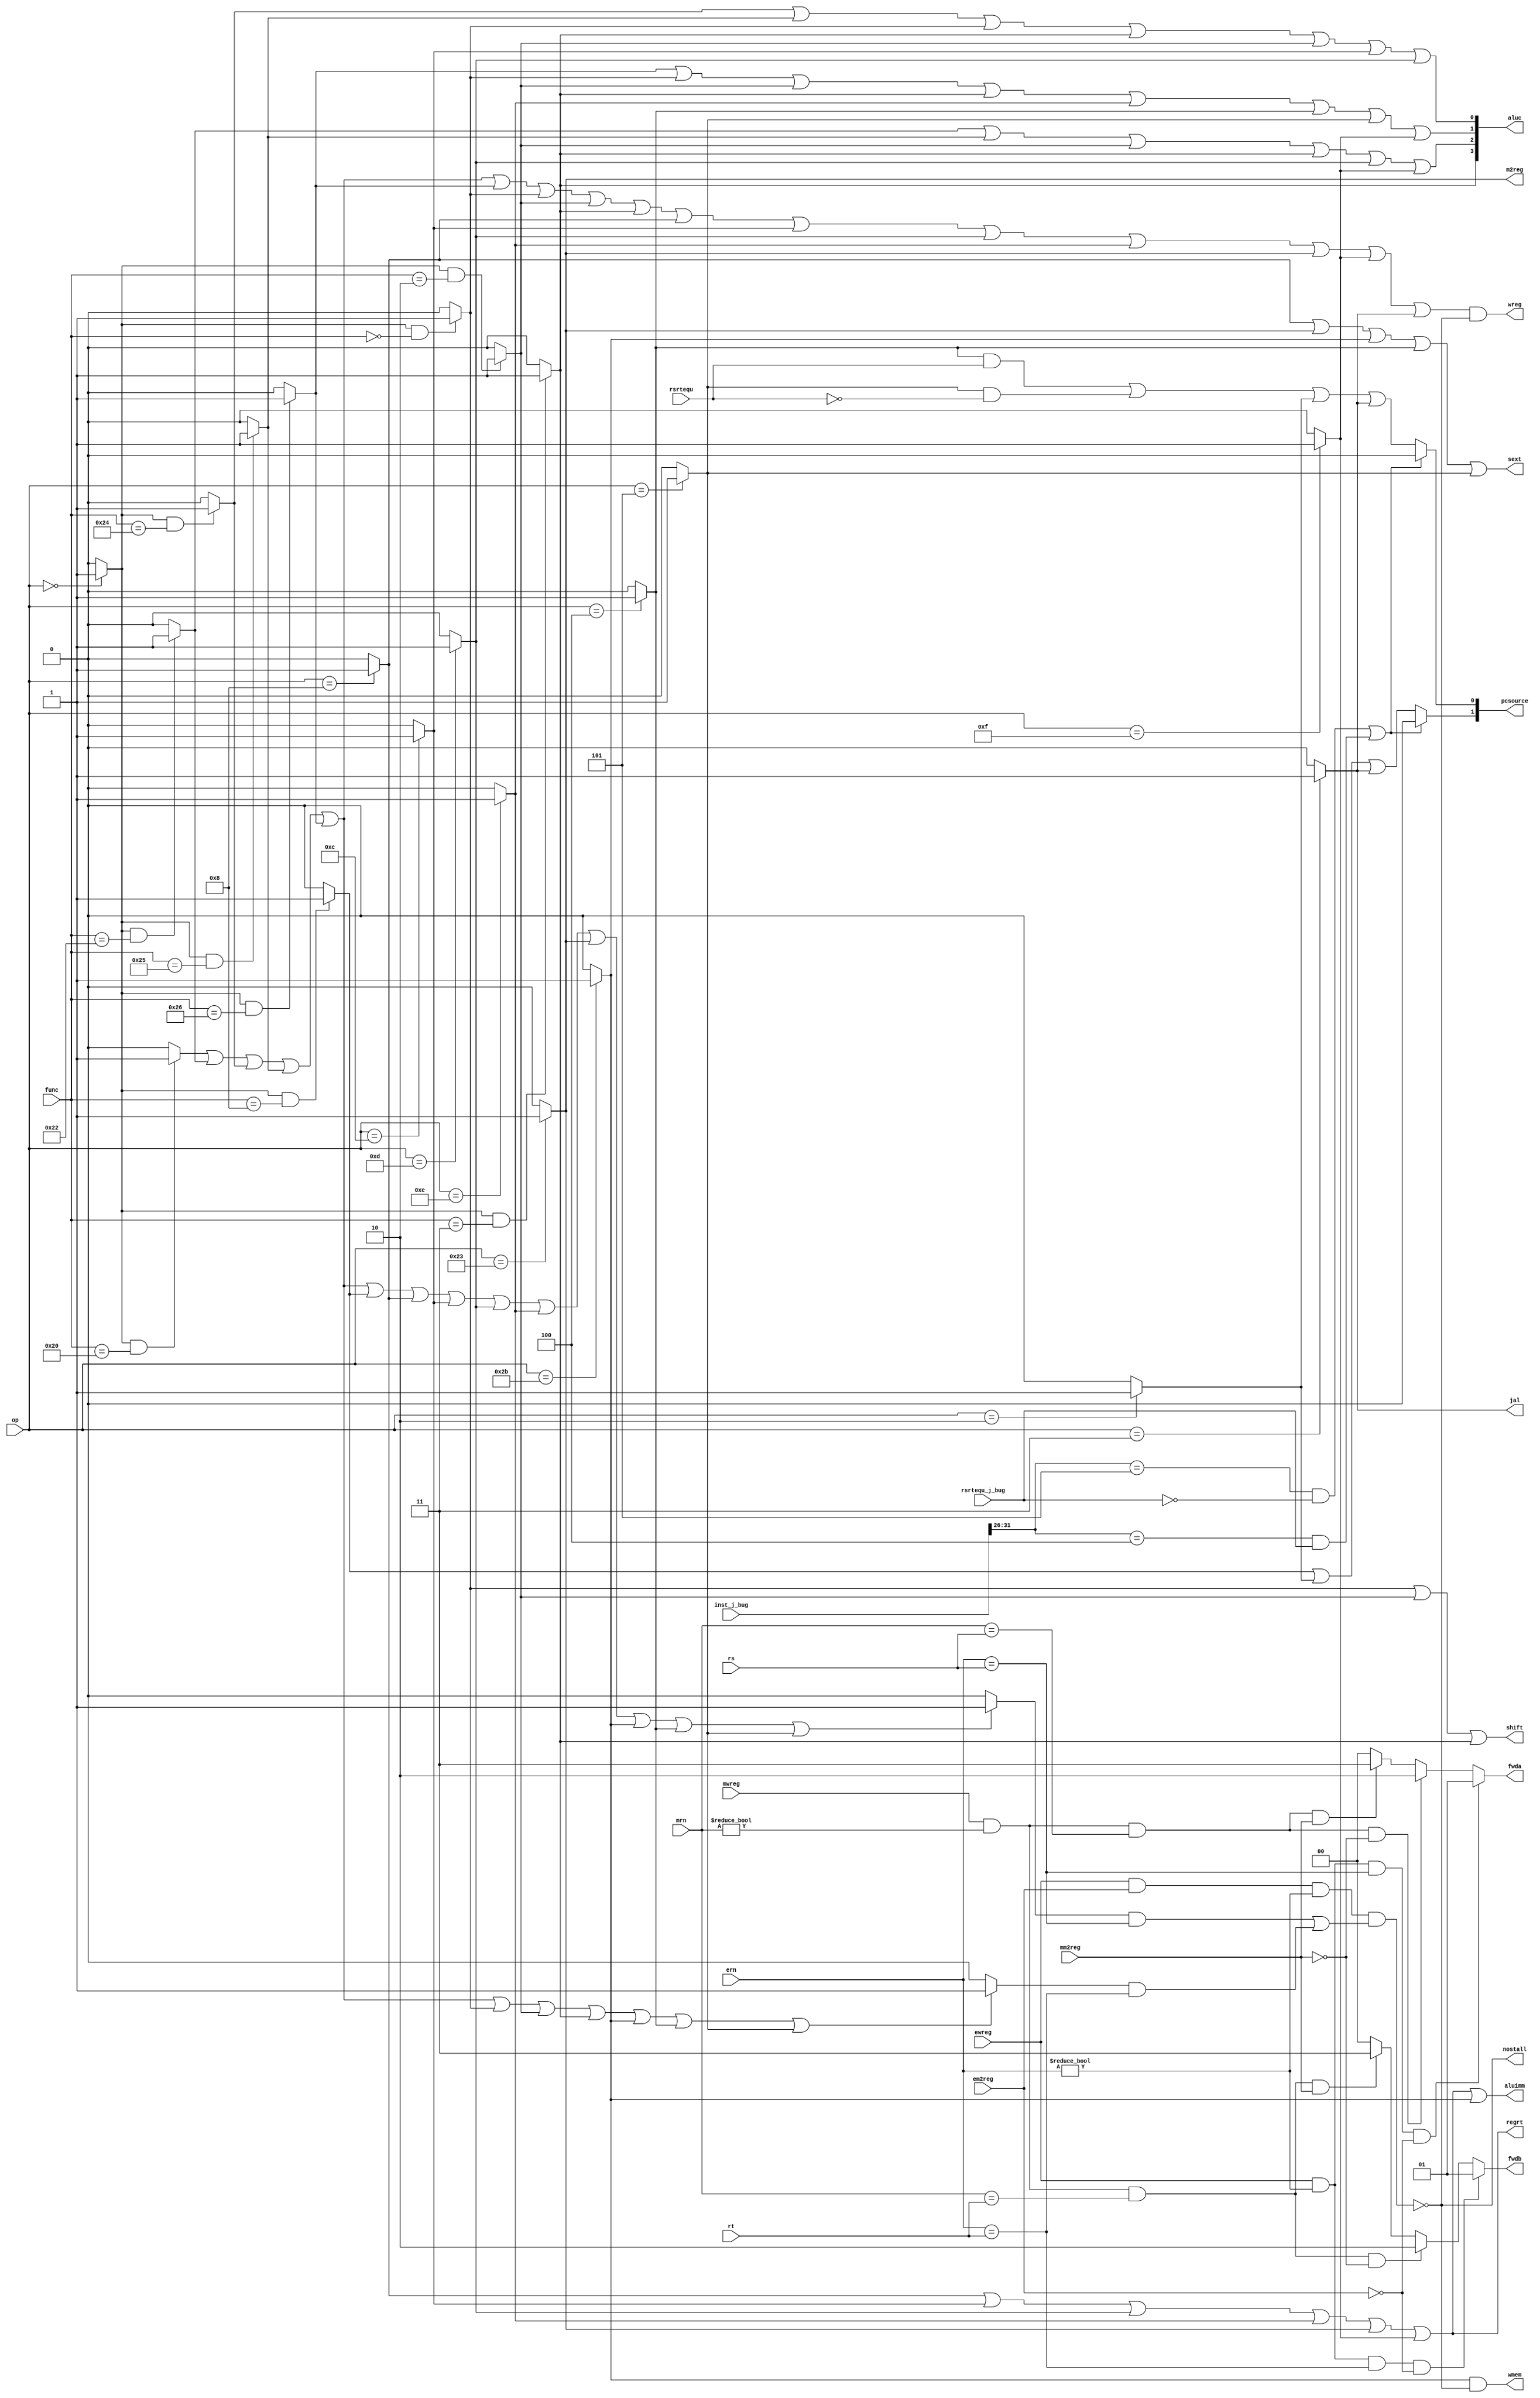
`timescale 1ns / 1ps
//////////////////////////////////////////////////////////////////////////////////
// Company: 
// Engineer: 
// 
// Design Name: 
// Module Name:    cu 
// Project Name: 
// Target Devices: 
// Tool versions: 
// Description: 
//
// Dependencies: 
//
// Revision: 
// Revision 0.01 - File Created
// Additional Comments: 
//
//////////////////////////////////////////////////////////////////////////////////

module cu(
	input mwreg, ewreg, em2reg, mm2reg, rsrtequ,
	input [4:0]mrn, ern, rs, rt,
	input [5:0]op, func,
	input [31:0]inst_j_bug,
	input rsrtequ_j_bug,
	output wreg, m2reg, wmem, regrt, aluimm, sext, shift, jal,
	output [3:0]aluc,
	output reg [1:0]pcsource,
	output reg [1:0]fwda, fwdb,
	output nostall
);

wire r_type, i_add, i_sub, i_and, i_xor, i_or, i_sll, i_srl, i_sra, i_jr;
wire i_addi, i_andi, i_ori, i_xori, i_lw, i_sw, i_beq, i_bne, i_lui, i_j, i_jal;
wire i_rs, i_rt;

assign r_type = ((op == 6'b0) ? 1 : 0);

assign i_add = (r_type && (func == 6'b100000)) ? 1 : 0;
assign i_sub = (r_type && (func == 6'b100010)) ? 1 : 0;
assign i_and = (r_type && (func == 6'b100100)) ? 1 : 0;
assign i_or = (r_type && (func == 6'b100101)) ? 1 : 0;
assign i_xor = (r_type && (func == 6'b100110)) ? 1 : 0;
assign i_sll = (r_type && (func == 6'b000000)) ? 1 : 0;
assign i_srl = (r_type && (func == 6'b000010)) ? 1 : 0;
assign i_sra = (r_type && (func == 6'b000011)) ? 1 : 0;
assign i_jr = (r_type && (func == 6'b001000)) ? 1 : 0;

assign i_addi = (op == 6'b001000) ? 1 : 0;
assign i_andi = (op == 6'b001100) ? 1 : 0;
assign i_ori = (op == 6'b001101) ? 1 : 0;
assign i_xori = (op == 6'b001110) ? 1 : 0;
assign i_lw = (op == 6'b100011) ? 1 : 0;
assign i_sw = (op == 6'b101011) ? 1 : 0;
assign i_beq = (op == 6'b000100) ? 1 : 0;
assign i_bne = (op == 6'b000101) ? 1 : 0;
assign i_lui = (op == 6'b001111) ? 1 : 0;
assign i_j = (op == 6'b000010) ? 1 : 0;
assign i_jal = (op == 6'b000011) ? 1 : 0;

assign i_rs = (i_add | i_sub | i_and | i_or | i_xor | i_jr | i_addi | 
	i_andi | i_ori | i_xori | i_lw | i_sw | i_beq | i_bne) ? 1 : 0;
	
assign i_rt = (i_add | i_sub | i_and | i_or | i_xor | i_sll | i_srl | 
	i_sra | i_sw | i_beq | i_bne) ? 1 : 0;
	
assign nostall = ~(ewreg & em2reg & (ern != 0) & (i_rs & (ern == rs) | i_rt & (ern == rt)));

always @ (ewreg or mwreg or ern or mrn or em2reg or mm2reg or rs or rt)
begin
	fwda = 2'b00; //default forward no hazards
	if(ewreg & (ern != 0) & (ern == rs) & ~em2reg)
	begin
		fwda = 2'b01;
	end
	else
	begin
		if(mwreg & (mrn != 0) & (mrn == rs) & ~mm2reg)
		begin
			fwda = 2'b10;
		end
		else
		begin
			if(mwreg & (mrn != 0) & (mrn == rs) & mm2reg)
			begin
				fwda = 2'b11;
			end
		end
	end
	fwdb = 2'b00;
	if(ewreg & (ern != 0) & (ern == rt) & ~em2reg)
	begin
		fwdb = 2'b01;
	end
	else if(mwreg & (mrn != 0) & (mrn == rt) & ~mm2reg)
	begin
		fwdb = 2'b10;
	end
	else if(mwreg & (mrn != 0) & (mrn == rt) & mm2reg)
	begin
		fwdb = 2'b11;
	end
end

assign wreg = (i_add | i_sub | i_and | i_or | i_xor | i_xor | i_sll | i_srl | 
	i_sra | i_addi | i_andi | i_ori | i_xori | i_lw | i_lui | i_jal) & nostall;

assign regrt = i_addi | i_andi | i_ori | i_xori | i_lw | i_lui;
assign jal = i_jal;
assign m2reg = i_lw;
assign shift = i_sll | i_srl | i_sra;
assign aluimm = i_addi | i_andi | i_ori | i_xori | i_lw | i_lui | i_sw;
assign sext = i_addi | i_lw | i_sw | i_beq | i_bne;
assign aluc[3] = i_sra;
assign aluc[2] = i_sub | i_or | i_srl | i_sra | i_ori | i_lui;
assign aluc[1] = i_xor | i_sll | i_srl | i_sra | i_xori | i_beq | i_bne | i_lui;
assign aluc[0] = i_and | i_or | i_sll | i_sra | i_srl | i_andi | i_ori;
assign wmem = i_sw & nostall;

//assign pcsource[1] = i_jr | i_j | i_jal;
//assign pcsource[0] = i_beq & rsrtequ | i_bne & ~rsrtequ | i_j | i_jal;
always @ (*)
begin
	if((inst_j_bug[31:26] == 6'b000101) & ~rsrtequ_j_bug | (inst_j_bug[31:26] == 6'b000100) & rsrtequ_j_bug)
	begin
		pcsource <= 2'd0;
	end
	else
	begin
		pcsource[1] = i_jr | i_j | i_jal;
		pcsource[0] = i_beq & rsrtequ | i_bne & ~rsrtequ | i_j | i_jal;
	end
end

endmodule